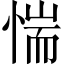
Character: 惴